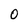
Character: 0